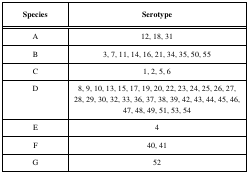
<table><thead><tr><td><b>Species</b></td><td><b>Serotype</b></td></tr></thead><tbody><tr><td>A</td><td>12, 18, 31</td></tr><tr><td>B</td><td>3, 7, 11, 14, 16, 21, 34, 35, 50, 55</td></tr><tr><td>C</td><td>1, 2, 5, 6</td></tr><tr><td>D</td><td>8, 9, 10, 13, 15, 17, 19, 20, 22, 23, 24, 25, 26,27, 28, 29, 30, 32, 33, 36, 37, 38, 39, 42, 43, 44, 45, 46, 47, 48, 49,51, 53, 54</td></tr><tr><td>E</td><td>4</td></tr><tr><td>F</td><td>40, 41</td></tr><tr><td>G</td><td>52</td></tr></tbody></table>